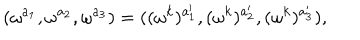
( \omega ^ { a _ { 1 } } , \omega ^ { a _ { 2 } } , \omega ^ { a _ { 3 } } ) = ( ( \omega ^ { k } ) ^ { a _ { 1 } ^ { \prime } } , ( \omega ^ { k } ) ^ { a _ { 2 } ^ { \prime } } , ( \omega ^ { k } ) ^ { a _ { 3 } ^ { \prime } } ) ,